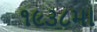
૧૯૩૮મા